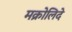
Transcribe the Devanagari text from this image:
मक्रोलिदे